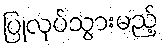
ပြုလုပ်သွားမည့်